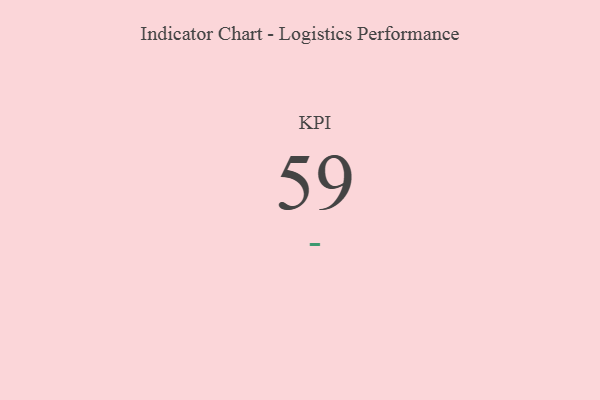
{"axis": {"x": "KPI", "y": "Value"}, "legend": [""], "data": [{"x": "KPI", "y": 59, "type": ""}]}